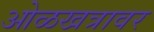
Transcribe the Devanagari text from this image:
ओळखत्रावर